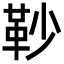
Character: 䩖